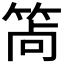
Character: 𥭩